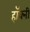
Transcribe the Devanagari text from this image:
हॉक्नी